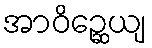
အာဝိဉ္ဆေယျ